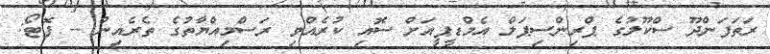
ރަތަފަންދޫ ސްކޫލުގެ ޕްރިންސިޕަލް އެމްޑީޕީއަށް ސޮއި ކުރެއްވި ރަސްމިއްޔާތުގެ ތެރެއިން -- ފޮޓޯ: